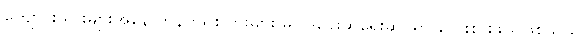
ကျောင်းသားများအနေ ကွန်ကရစ်ပြားများ မူဝါဒရေးဆွဲရေးဆိုင်ရာ လေးစားဖွယ်ဖြစ်သည်